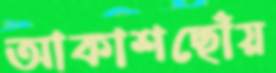
আকাশছোঁয়